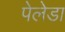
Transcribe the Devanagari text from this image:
पेलेडा